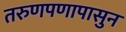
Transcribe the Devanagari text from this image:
तरुणपणापासुन